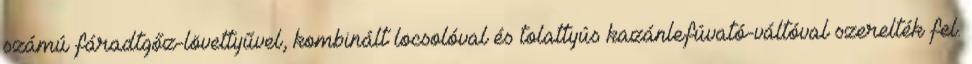
számú fáradtgőz-lövettyűvel, kombinált locsolóval és tolattyús kazánlefúvató-váltóval szerelték fel.